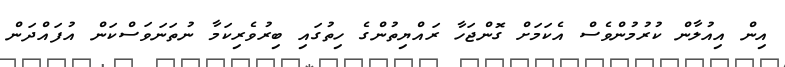
އިން އިއުލާން ކުރުމުންވެސް އެކަމަށް ގޮންޖަހާ ރައްޔިތުންގެ ހިތުގައި ބިރުވެރިކަމާ ނުތަނަވަސްކަން އުފައްދަން